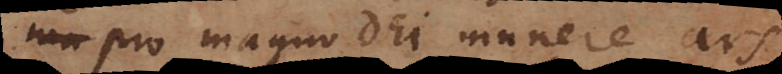
pro magno Dei munere ars